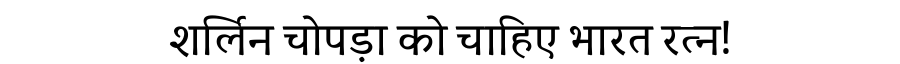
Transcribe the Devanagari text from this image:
शर्लिन चोपड़ा को चाहिए भारत रत्न!